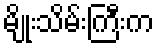
မျိုးသိမ်းကြီးက